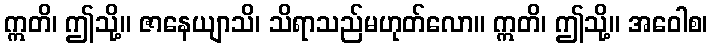
ဣတိ၊ ဤသို့။ ဇာနေယျာသိ၊ သိရာသည်မဟုတ်လော။ ဣတိ၊ ဤသို့။ အဝေါစ၊